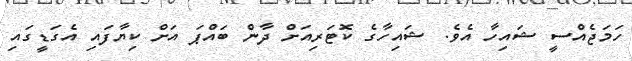
ހަމަޖެއްސީ ޝައިހާ އެވެ. ޝައިހާގެ ކޮޓަރިއަށް ދާން ބައްޕަ އަށް ކިޔާފައި އެގަޑީގައި